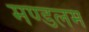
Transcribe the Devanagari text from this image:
मण्डलम